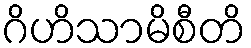
ဂိဟိသာမိစီတိ